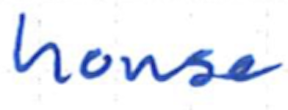
Text: house
Cross-out: clean
Writing tool: ballpoint